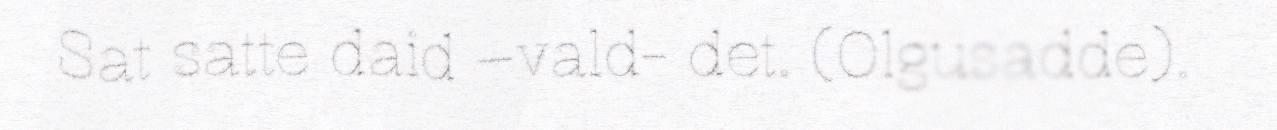
Sat satte daid –vald- det. (Olgusadde).